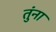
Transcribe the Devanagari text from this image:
तुंना